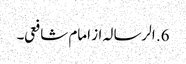
6. الرسالہ از امام شافعی۔